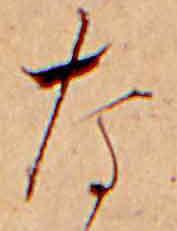
な